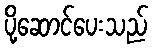
ပို့ဆောင်ပေးသည်